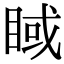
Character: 𥇿